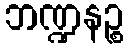
ဘဏ္ဍနဉ္စ